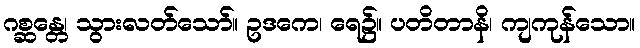
ဂစ္ဆန္တေ၊ သွားလတ်သော်။ ဥဒကေ၊ ရေ၌။ ပတိတာနိ၊ ကျကုန်သော။